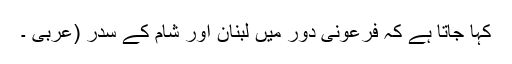
کہا جاتا ہے کہ فرعونی دور میں لبنان اور شام کے سدر (عربی ۔